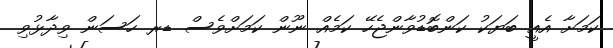
ކަމަށާ އެއީ ބަޔަކު ކަންބޮޑުވާންޖެހޭ ކަމެއް ނޫން ކަމަށްވެސް ޑރ ހަސަން ވިދާޅުވި